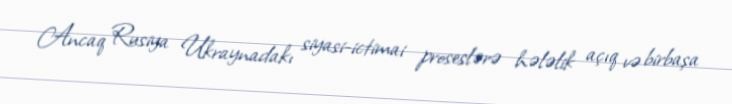
Ancaq Rusiya Ukraynadakı siyasi-ictimai proseslərə hələlik açıq və birbaşa